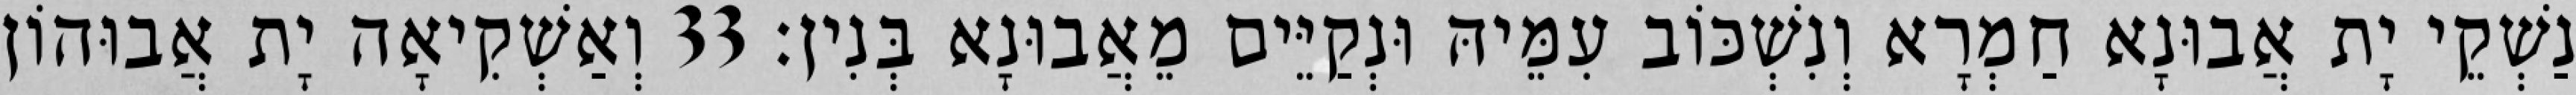
נַשְׁקֵי יָת אֲבוּנָא חַמְרָא וְנִשְׁכּוֹב עִמֵּיהּ וּנְקַיֵּים מֵאֲבוּנָא בְּנִין׃ 33 וְאַשְׁקִיאָה יָת אֲבוּהוֹן